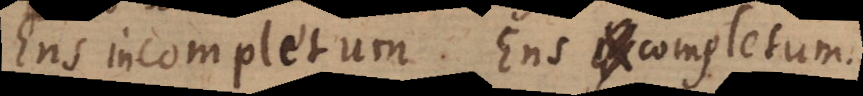
Ens incompletum. Ens completum.